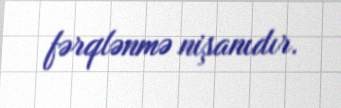
fərqlənmə nişanıdır.